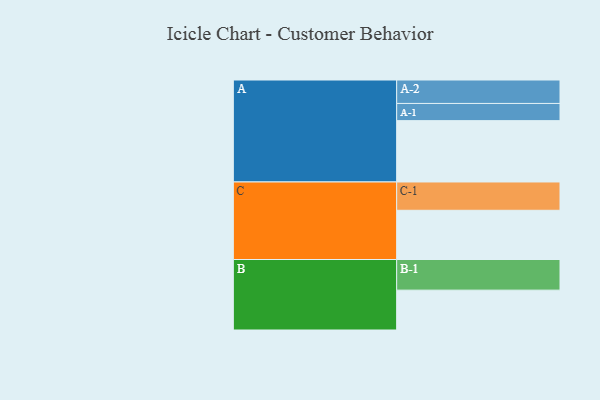
{"axis": {"x": "Segment", "y": "Value"}, "legend": ["", "A", "B", "C"], "data": [{"x": "A", "y": 557, "type": ""}, {"x": "B", "y": 362, "type": ""}, {"x": "C", "y": 447, "type": ""}, {"x": "A-1", "y": 156, "type": "A"}, {"x": "A-2", "y": 213, "type": "A"}, {"x": "B-1", "y": 278, "type": "B"}, {"x": "C-1", "y": 257, "type": "C"}]}